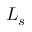
L _ { s }